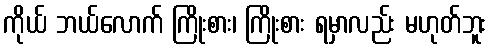
ကိုယ် ဘယ်လောက် ကြိုးစား၊ ကြိုးစား ရမှာလည်း မဟုတ်ဘူး